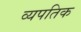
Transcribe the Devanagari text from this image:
व्यपतिक